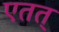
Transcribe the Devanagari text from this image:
एतत्‌